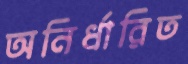
অনির্ধারিত